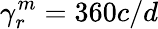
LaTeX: \gamma_{r}^{m}=360c/d